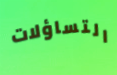
التساؤلات